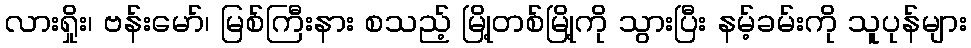
လားရှိုး၊ ဗန်းမော်၊ မြစ်ကြီးနား စသည့် မြို့တစ်မြို့ကို သွားပြီး နမ့်ခမ်းကို သူပုန်များ